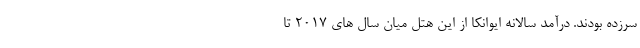
سرزده بودند. درآمد سالانه ایوانکا از این هتل میان سال های ۲۰۱۷ تا